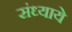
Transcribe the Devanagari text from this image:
संध्याये